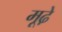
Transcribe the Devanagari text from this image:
मूढे़